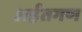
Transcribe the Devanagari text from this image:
अर्हतगण